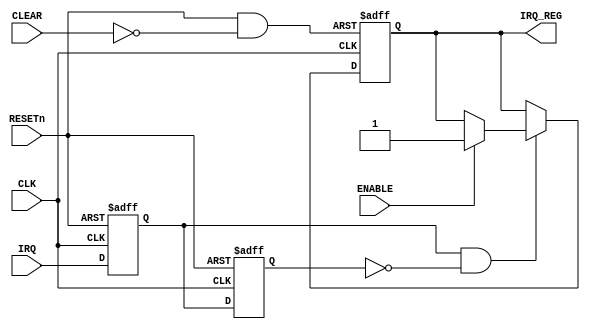
/****************************************************************************
 *																			*
 *		INT_SRC.v	Ver 0.1													*
 *																			*
 *		COPYRIGHT (C) 2006 ALL RIGHTS RESERVED								*
 *																			*
 *		Designed by	Yoon Dong Joon											*
 *																			*
 ****************************************************************************
 *																			*
 *		Support Verilog 2001 Syntax											*
 *																			*
 *		Update history : 2006.08.25	 original authored (Ver.0.1)			*
 *																			*
 ****************************************************************************/

`timescale 1ns/1ps

module INT_SRC(
	input			CLK,
	input			RESETn,
	input			CLEAR,
	input			ENABLE,
	input			IRQ,
	output	reg		IRQ_REG
);

wire			iRESETn;
reg				iIRQ_D0;
reg				iIRQ_D1;

always @(posedge CLK or negedge RESETn)
begin
	if(!RESETn) begin
		iIRQ_D0	<= 1'b0;
		iIRQ_D1	<= 1'b0;
	end
	else begin
		iIRQ_D0	<= IRQ;
		iIRQ_D1	<= iIRQ_D0;
	end
end

always @(posedge CLK or negedge iRESETn)
begin
	if(!iRESETn) begin
		IRQ_REG	<= 1'b0;
	end
	else if(iIRQ_D0 && !iIRQ_D1) begin
		if(ENABLE)
			IRQ_REG	<= 1'b1;
	end
end

assign iRESETn	= RESETn & !CLEAR;

endmodule